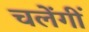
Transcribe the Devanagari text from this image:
चलेंगीं